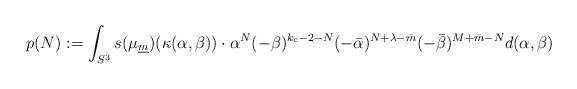
LaTeX: \begin{align*}p(N):=\int_{S^3}s(\mu_{\underline{m}})(\kappa(\alpha,\beta))\cdot\alpha^{N}(-\beta)^{k_c-2-N}(-\bar\alpha)^{N+\lambda-\bar m}(-\bar\beta)^{M+\bar m-N}d(\alpha,\beta)\end{align*}